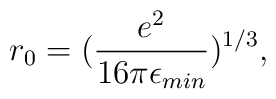
r_0=(\frac{e^2}{16\pi \epsilon_{min}})^{1/3},